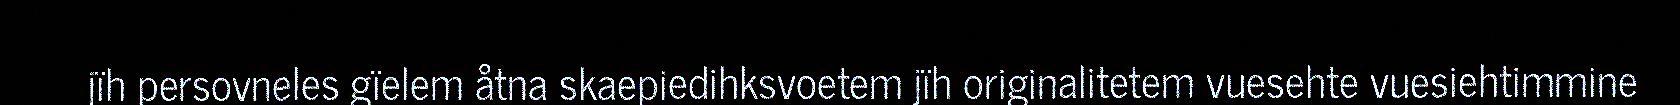
jïh persovneles gïelem åtna skaepiedihksvoetem jïh originalitetem vuesehte vuesiehtimmine